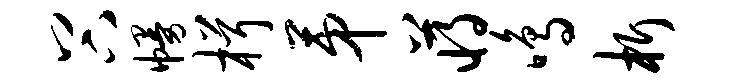
谷幔楫第蒋鸣析